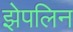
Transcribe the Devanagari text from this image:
झेपलिन